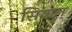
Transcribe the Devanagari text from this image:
सियोल्